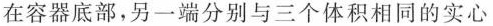
在容器底部，另一端分别与三个体积相同的实心